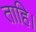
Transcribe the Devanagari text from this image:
ताहि।